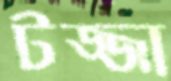
টজ্জা